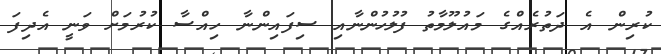
ކުރިން އެ ދަތުރެއްގެ މައުލޫމާތު ފުލުހުންނާއި ސިފައިންނާ ހިއްސާ ކުރުމަށް ވަނީ އެދިފަ